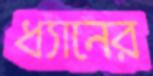
ধ্যানের